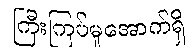
ကြီးကြပ်မှုအောက်ရှိ